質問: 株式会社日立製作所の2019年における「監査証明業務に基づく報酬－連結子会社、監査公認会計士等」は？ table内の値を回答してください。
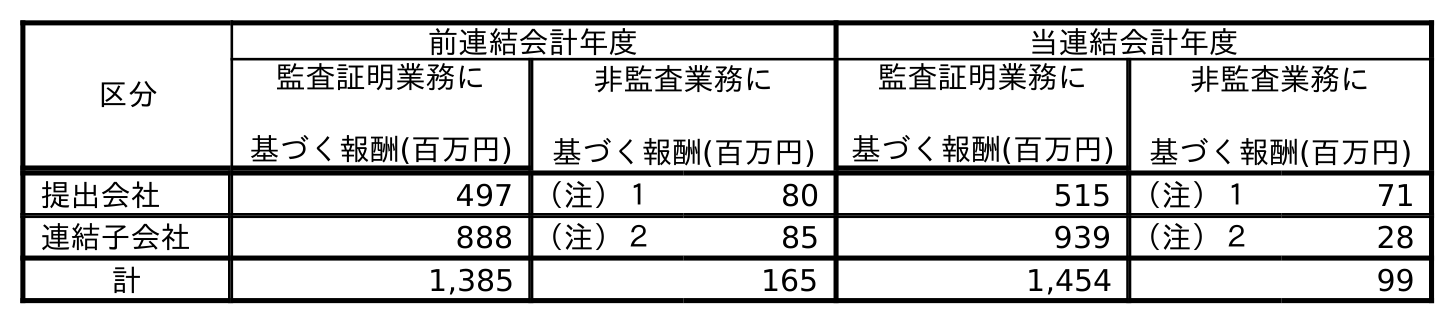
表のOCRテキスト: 区分 前連結会計年度 当連結会計年度 監査証明業務に 基づく報酬(百万円) 非監査業務に 基づく報酬(百万円) 監査証明業務に 基づく報酬(百万円) 非監査業務に 基づく報酬(百万円) 提出会社 497 （注）１ 80 515 （注）１ 71 連結子会社 888 （注）２ 85 939 （注）２ 28 計 1,385 165 1,454 99
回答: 888